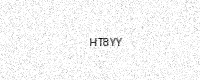
Text: HT8YY